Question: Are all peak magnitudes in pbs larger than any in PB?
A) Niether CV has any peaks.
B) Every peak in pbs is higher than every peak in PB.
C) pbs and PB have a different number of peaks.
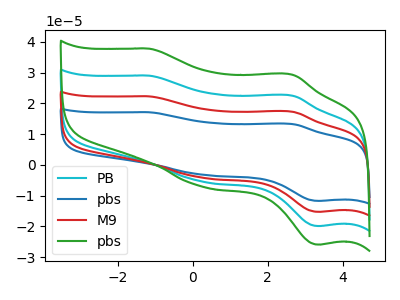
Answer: <think>The cyan curve "PB" has anodic peaks at (-1.15V, 29.00uA) (2.65V, 22.45uA) and cathodic peaks at (0.25V, -5.45uA) (3.35V, -19.90uA). The blue curve "pbs" has anodic peaks at (-1.15V, 86.95uA) (2.65V, 67.40uA) and cathodic peaks at (0.25V, -16.30uA) (3.35V, -59.75uA). The red curve "M9" has anodic peaks at (-1.15V, 58.00uA) (2.65V, 44.95uA) and cathodic peaks at (0.25V, -10.85uA) (3.35V, -39.80uA). The green curve "pbs" has anodic peaks at (-1.15V, 37.75uA) (2.65V, 29.25uA) and cathodic peaks at (0.25V, -7.10uA) (3.35V, -25.95uA).</think>
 <answer>B) Every peak in "pbs" is higher than every peak in "PB".</answer>
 <eval>B</eval>